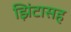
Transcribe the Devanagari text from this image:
झिंटासह